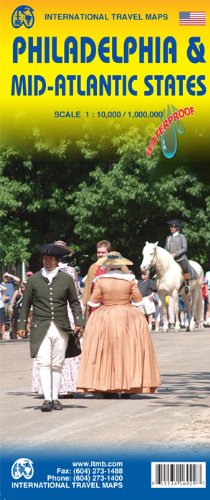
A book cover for Philadelphia & Mid-Atlantic States 1:10K/1:1M ITM Travel Map; International Travel maps; Travel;